Scottish Leaving Certificate Examination, 1960
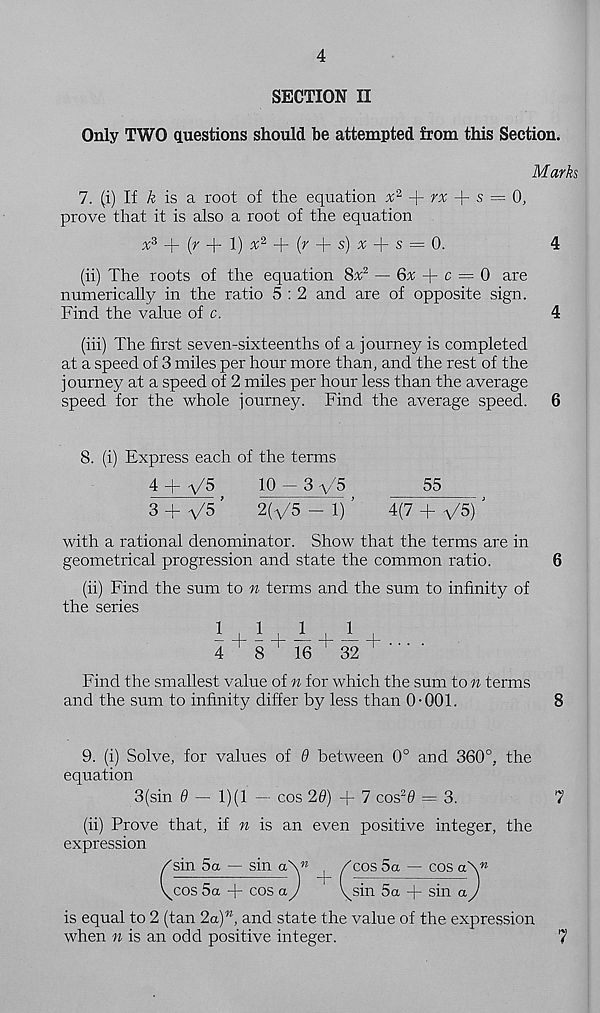
4
SECTION II
Only TWO questions should be attempted from this Section.
Mark
7. (i) If & is a root of the equation % 2 +
+ s = 0,
prove that it is also a root of the equation
+ (^ + 1) ^ + ( y + s ) ^ + s = 0-
4
(ii) The roots of the equation 8% 2 — 6x
c = 0 are
numerically in the ratio 5 : 2 and are of opposite sign.
Find the value of c.
4
(iii) The first seven-sixteenths of a journey is completed
at a speed of 3 miles per hour more than, and the rest of the
journey at a speed of 2 miles per hour less than the average
speed for the whole journey. Find the average speed.
6
8. (i) Express each of the terms
4 + V5
10-3 V5
55
3 + ys ’
2(ys - i) ’
4(7 + ys)'
with a rational denominator. Show that the terms are in
geometrical progression and state the common ratio.
6
(ii) Find the sum to n terms and the sum to infinity of
the series
- + - + — + —
.
4
8
16
32
Find the smallest value of n for which the sum to n terms
and the sum to infinity differ by less than 0-001.
8
9. (i) Solve, for values of 9 between 0° and 360°, the
equation
3(sin 0 — 1)(1 — cos 26) + 7 cos 2 # = 3.
(ii) Prove that, if n is an even positive integer, the
expression
/sin 5a — sin a
v^cos 5a + cos a
+
COS 5a — cos a\ n
sin 5a + sin a
is equal to 2 (tan 2a) n , and state the value of the expression
when n is an odd positive integer.
7